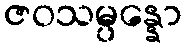
ဇဝသမ္ပန္နော